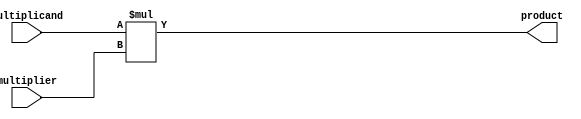
module signed_multiplier (
    input signed [7:0] multiplicand,
    input signed [7:0] multiplier,
    output reg signed [15:0] product
);

always @* begin
    product = multiplicand * multiplier;
end

endmodule